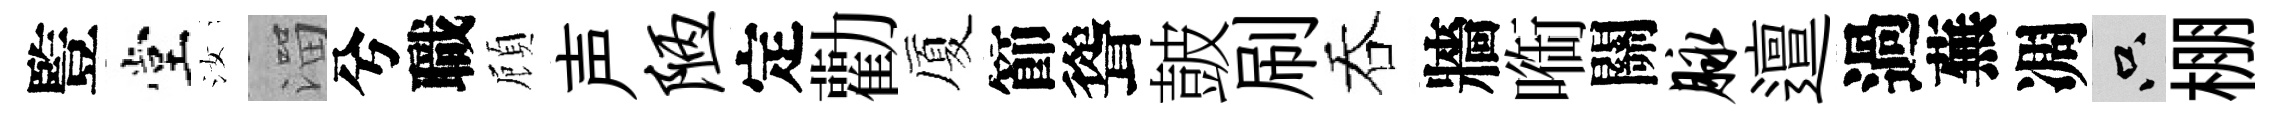
䜿堂汝溜兮職頋声陋定勸厦節聳皷刷吞牆㗸關脉邅過蕪凋只棚